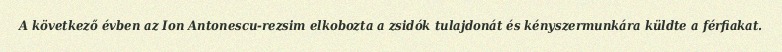
A következő évben az Ion Antonescu-rezsim elkobozta a zsidók tulajdonát és kényszermunkára küldte a férfiakat.